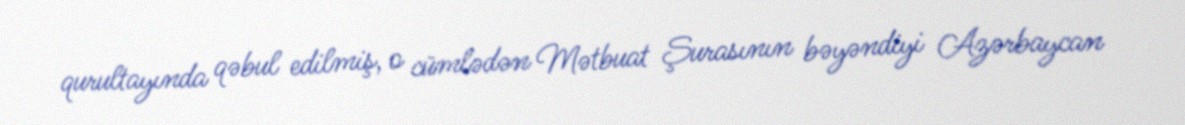
qurultayında qəbul edilmiş, o cümlədən Mətbuat Şurasının bəyəndiyi Azərbaycan